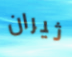
ثيران